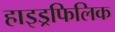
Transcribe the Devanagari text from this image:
हाइड्रफिलिक